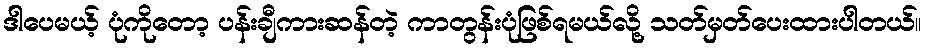
ဒါပေမယ့် ပုံကိုတော့ ပန်းချီကားဆန်တဲ့ ကာတွန်းပုံဖြစ်ရမယ်လို့ သတ်မှတ်ပေးထားပါတယ်။